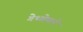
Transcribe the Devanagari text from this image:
गेथ्सेमाने